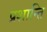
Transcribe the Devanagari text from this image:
प्रशान्ति